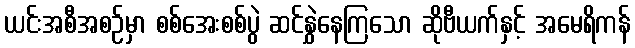
ယင်းအစီအစဉ်မှာ စစ်အေးစစ်ပွဲ ဆင်နွှဲနေကြသော ဆိုဗီယက်နှင့် အမေရိကန်